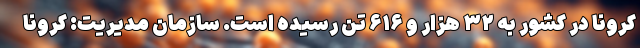
کرونا در کشور به ۳۲ هزار و ۶۱۶ تن رسیده است. سازمان مدیریت: کرونا